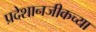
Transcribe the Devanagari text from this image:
प्रदेशानजीकच्या